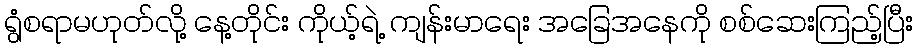
ရွံစရာမဟုတ်လို့ နေ့တိုင်း ကိုယ့်ရဲ့ ကျန်းမာရေး အခြေအနေကို စစ်ဆေးကြည့်ပြီး